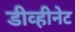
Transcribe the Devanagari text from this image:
डीव्हीनेट